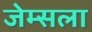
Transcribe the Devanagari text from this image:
जेम्सला